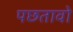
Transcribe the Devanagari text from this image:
पछतावो